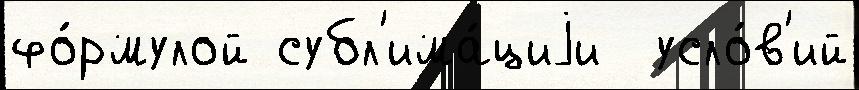
фо́рмулой субл'има́циjи  усло́в'ий